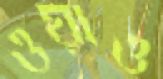
ওয়াও